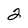
Character: 2